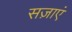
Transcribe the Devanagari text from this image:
सज़ाएं